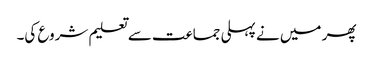
پھر میں نے پہلی جماعت سے تعلیم شروع کی۔